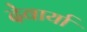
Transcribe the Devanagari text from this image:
देवार्या